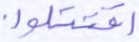
اقتتلوا